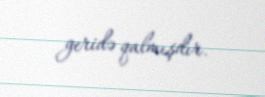
geridə qalmışdır.